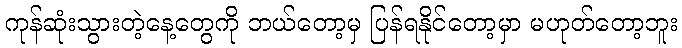
ကုန်ဆုံးသွားတဲ့နေ့တွေကို ဘယ်တော့မှ ပြန်ရနိုင်တော့မှာ မဟုတ်တော့ဘူး